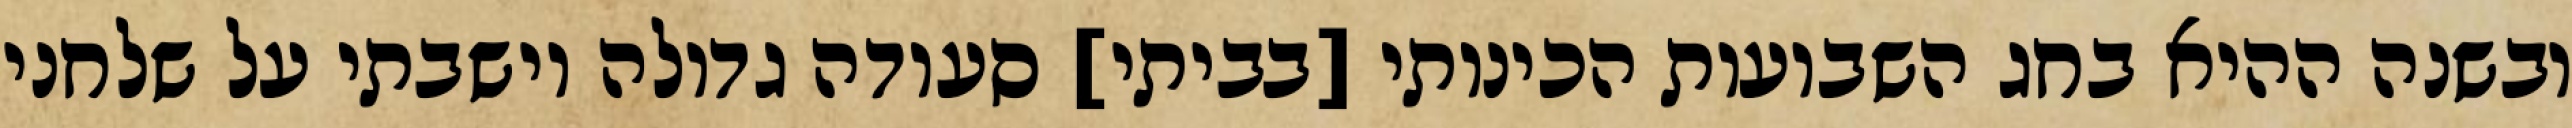
ובשנה ההיא בחג השבועות הכינותי [בביתי] סעודה גדולה וישבתי על שלחני